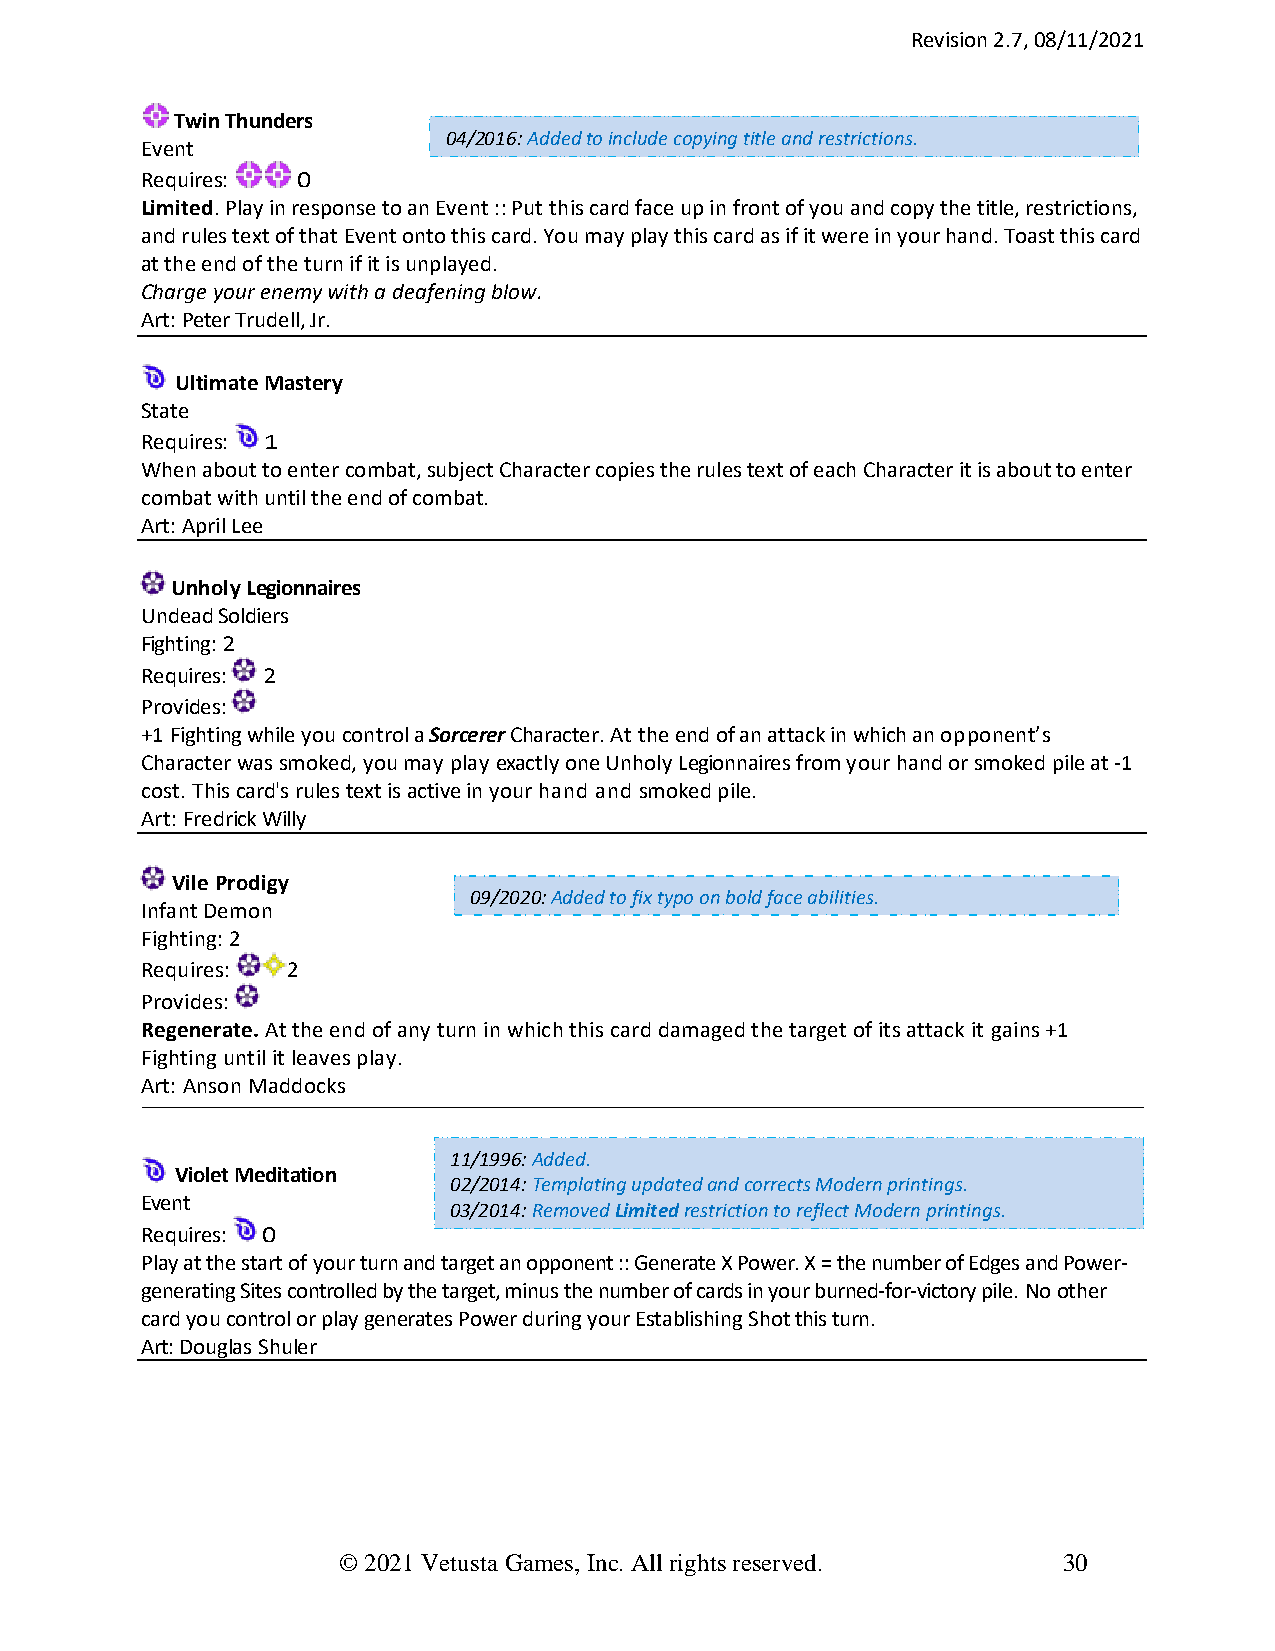
Revision 2.7, 08/11/2021
 Twin Thunders
 04/2016: Added to include copying title and restrictions.
 Event
 Requires:  0
 Limited. Play in response to an Event :: Put this card face up in front of you and copy the title, restrictions,
 and rules text of that Event onto this card. You may play this card as if it were in your hand. Toast this card
 at the end of the turn if it is unplayed.
 Charge your enemy with a deafening blow.
 Art: Peter Trudell, Jr.
 Ultimate Mastery
 State
 Requires: 1
 When about to enter combat, subject Character copies the rules text of each Character it is about to enter
 combat with until the end of combat.
 Art: April Lee
 Unholy Legionnaires
 Undead Soldiers
 Fighting: 2
 Requires: 2
 Provides:
 +1 Fighting while you control a Sorcerer Character. At the end of an attack in which an opponent’s
 Character was smoked, you may play exactly one Unholy Legionnaires from your hand or smoked pile at -1
 cost. This card's rules text is active in your hand and smoked pile.
 Art: Fredrick Willy
 Vile Prodigy
 09/2020: Added to fix typo on bold face abilities.
 Infant Demon
 Fighting: 2
 Requires: 2
 Provides:
 Regenerate. At the end of any turn in which this card damaged the target of its attack it gains +1
 Fighting until it leaves play.
 Art: Anson Maddocks
 11/1996: Added.
 Violet Meditation
 02/2014: Templating updated and corrects Modern printings.
 Event
 03/2014: Removed Limited restriction to reflect Modern printings.
 Requires: 0
 Play at the start of your turn and target an opponent :: Generate X Power. X = the number of Edges and Power-
 generating Sites controlled by the target, minus the number of cards in your burned-for-victory pile. No other
 card you control or play generates Power during your Establishing Shot this turn.
 Art: Douglas Shuler
 © 2021 Vetusta Games, Inc. All rights reserved. 30